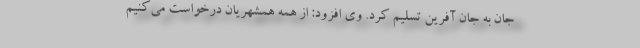
جان به جان آفرین تسلیم کرد. وی افزود: از همه همشهریان درخواست می‌کنیم